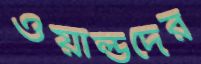
ওয়ার্ল্ডদের